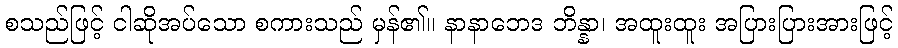
စသည်ဖြင့် ငါဆိုအပ်သော စကားသည် မှန်၏။ နာနာဘေဒ ဘိန္နာ၊ အထူးထူး အပြားပြားအားဖြင့်